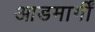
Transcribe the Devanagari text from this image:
आडमार्गीं